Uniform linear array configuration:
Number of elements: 32
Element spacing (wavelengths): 0.75
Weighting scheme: binomial
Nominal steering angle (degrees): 15
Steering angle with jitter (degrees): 14.691
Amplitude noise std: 0.05
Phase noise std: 0.05

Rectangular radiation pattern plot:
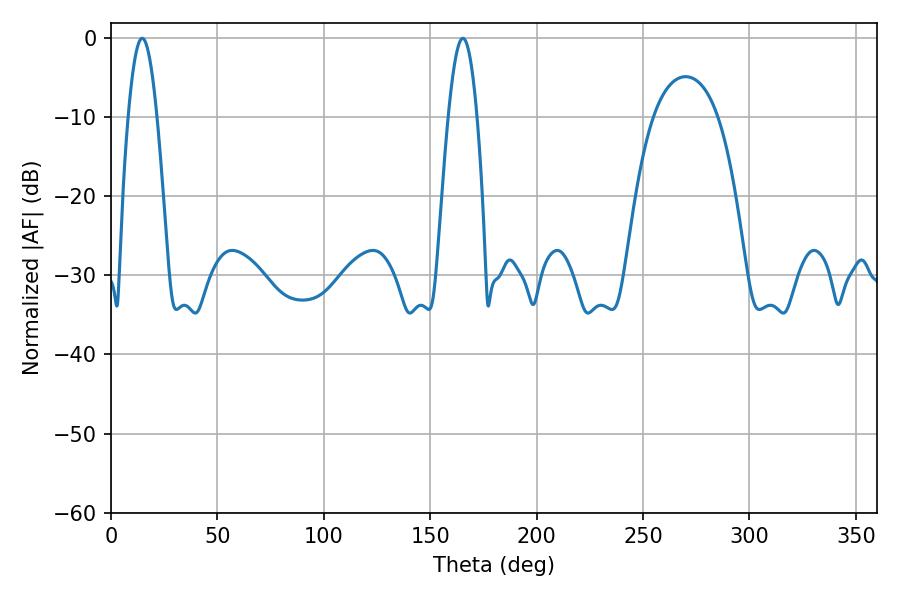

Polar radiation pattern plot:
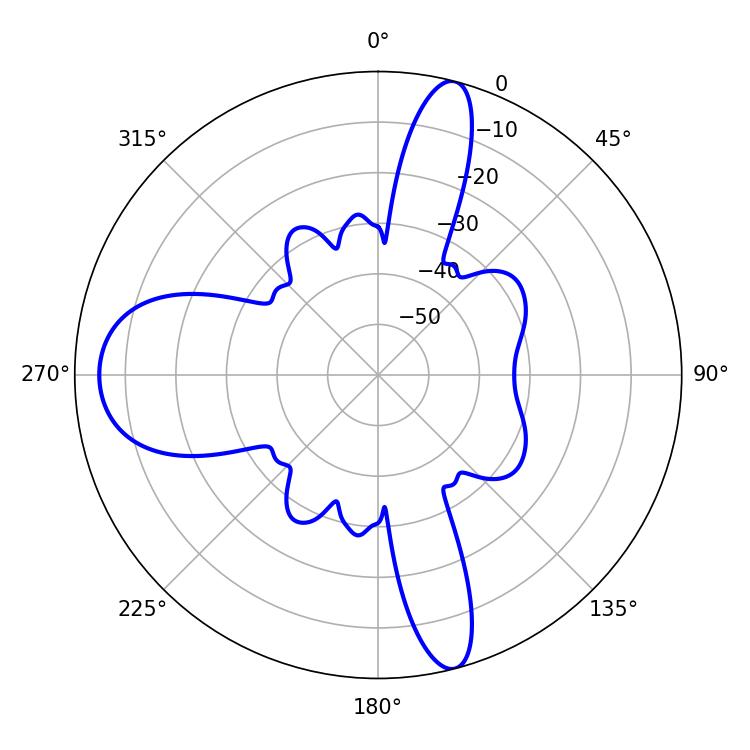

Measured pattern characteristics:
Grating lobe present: TRUE
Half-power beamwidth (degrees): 7.38
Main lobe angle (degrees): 14.58